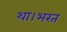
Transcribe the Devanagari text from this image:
था।भरत